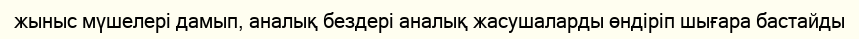
жыныс мүшелері дамып, аналық бездері аналық жасушаларды өндіріп шығара бастайды